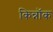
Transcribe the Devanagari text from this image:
किन्नॉक